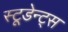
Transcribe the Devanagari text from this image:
स्टूडेन्ट्स